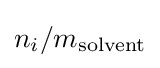
n_{i}/m_{\mathrm {solvent} }